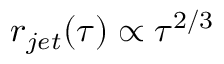
r _ { j e t } ( \tau ) \propto \tau ^ { 2 / 3 }